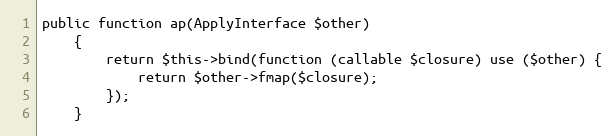
Language: PHP
public function ap(ApplyInterface $other)
    {
        return $this->bind(function (callable $closure) use ($other) {
            return $other->fmap($closure);
        });
    }